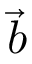
\vec { b }